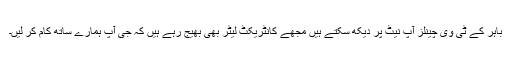
باہر کے ٹی وی چینلز آپ نیٹ پر دیکھ سکتے ہیں مجھے کانٹریکٹ لیٹر بھی بھیج رہے ہیں کہ جی آپ ہمارے ساتھ کام کر لیں۔